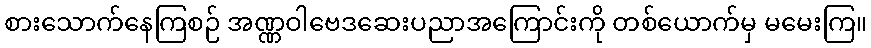
စားသောက်နေကြစဉ် အဏ္ဏဝါဗေဒဆေးပညာအကြောင်းကို တစ်ယောက်မှ မမေးကြ။